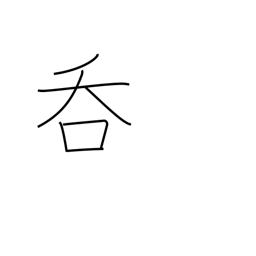
Meaning: drink